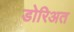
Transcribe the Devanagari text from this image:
डोरिअत